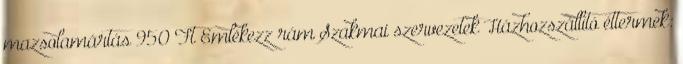
mazsolamártás 950 Ft Emlékezz rám Szakmai szervezetek Házhozszállító éttermek: